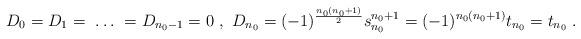
LaTeX: \begin{gather*} D_{0}= D_{1} =\ \ldots \ =D_{n_{0} -1} = 0 \ , \ D_{n_{0}} = (-1)^{\frac{n_{0} (n_{0}+1)}{2}} s_{n_{0}}^{n_{0}+1} = (-1)^{n_{0} (n_{0}+1)} t_{n_{0}} = t_{n_{0}} \ .\end{gather*}